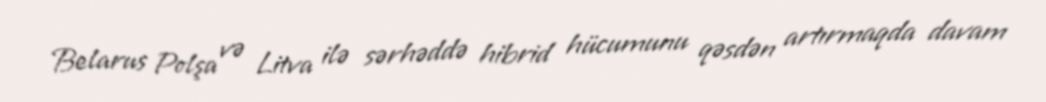
Belarus Polşa və Litva ilə sərhəddə hibrid hücumunu qəsdən artırmaqda davam